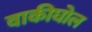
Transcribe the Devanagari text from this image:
वाकीघोल